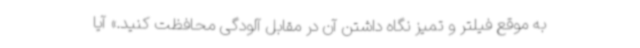
به موقع فیلتر و تمیز نگاه داشتن آن در مقابل آلودگی محافظت کنید.» آیا